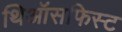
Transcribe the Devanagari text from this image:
थिऑसफिस्ट